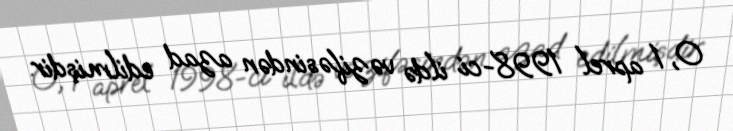
O, 1 aprel 1998-ci ildə vəzifəsindən azad edilmişdir.